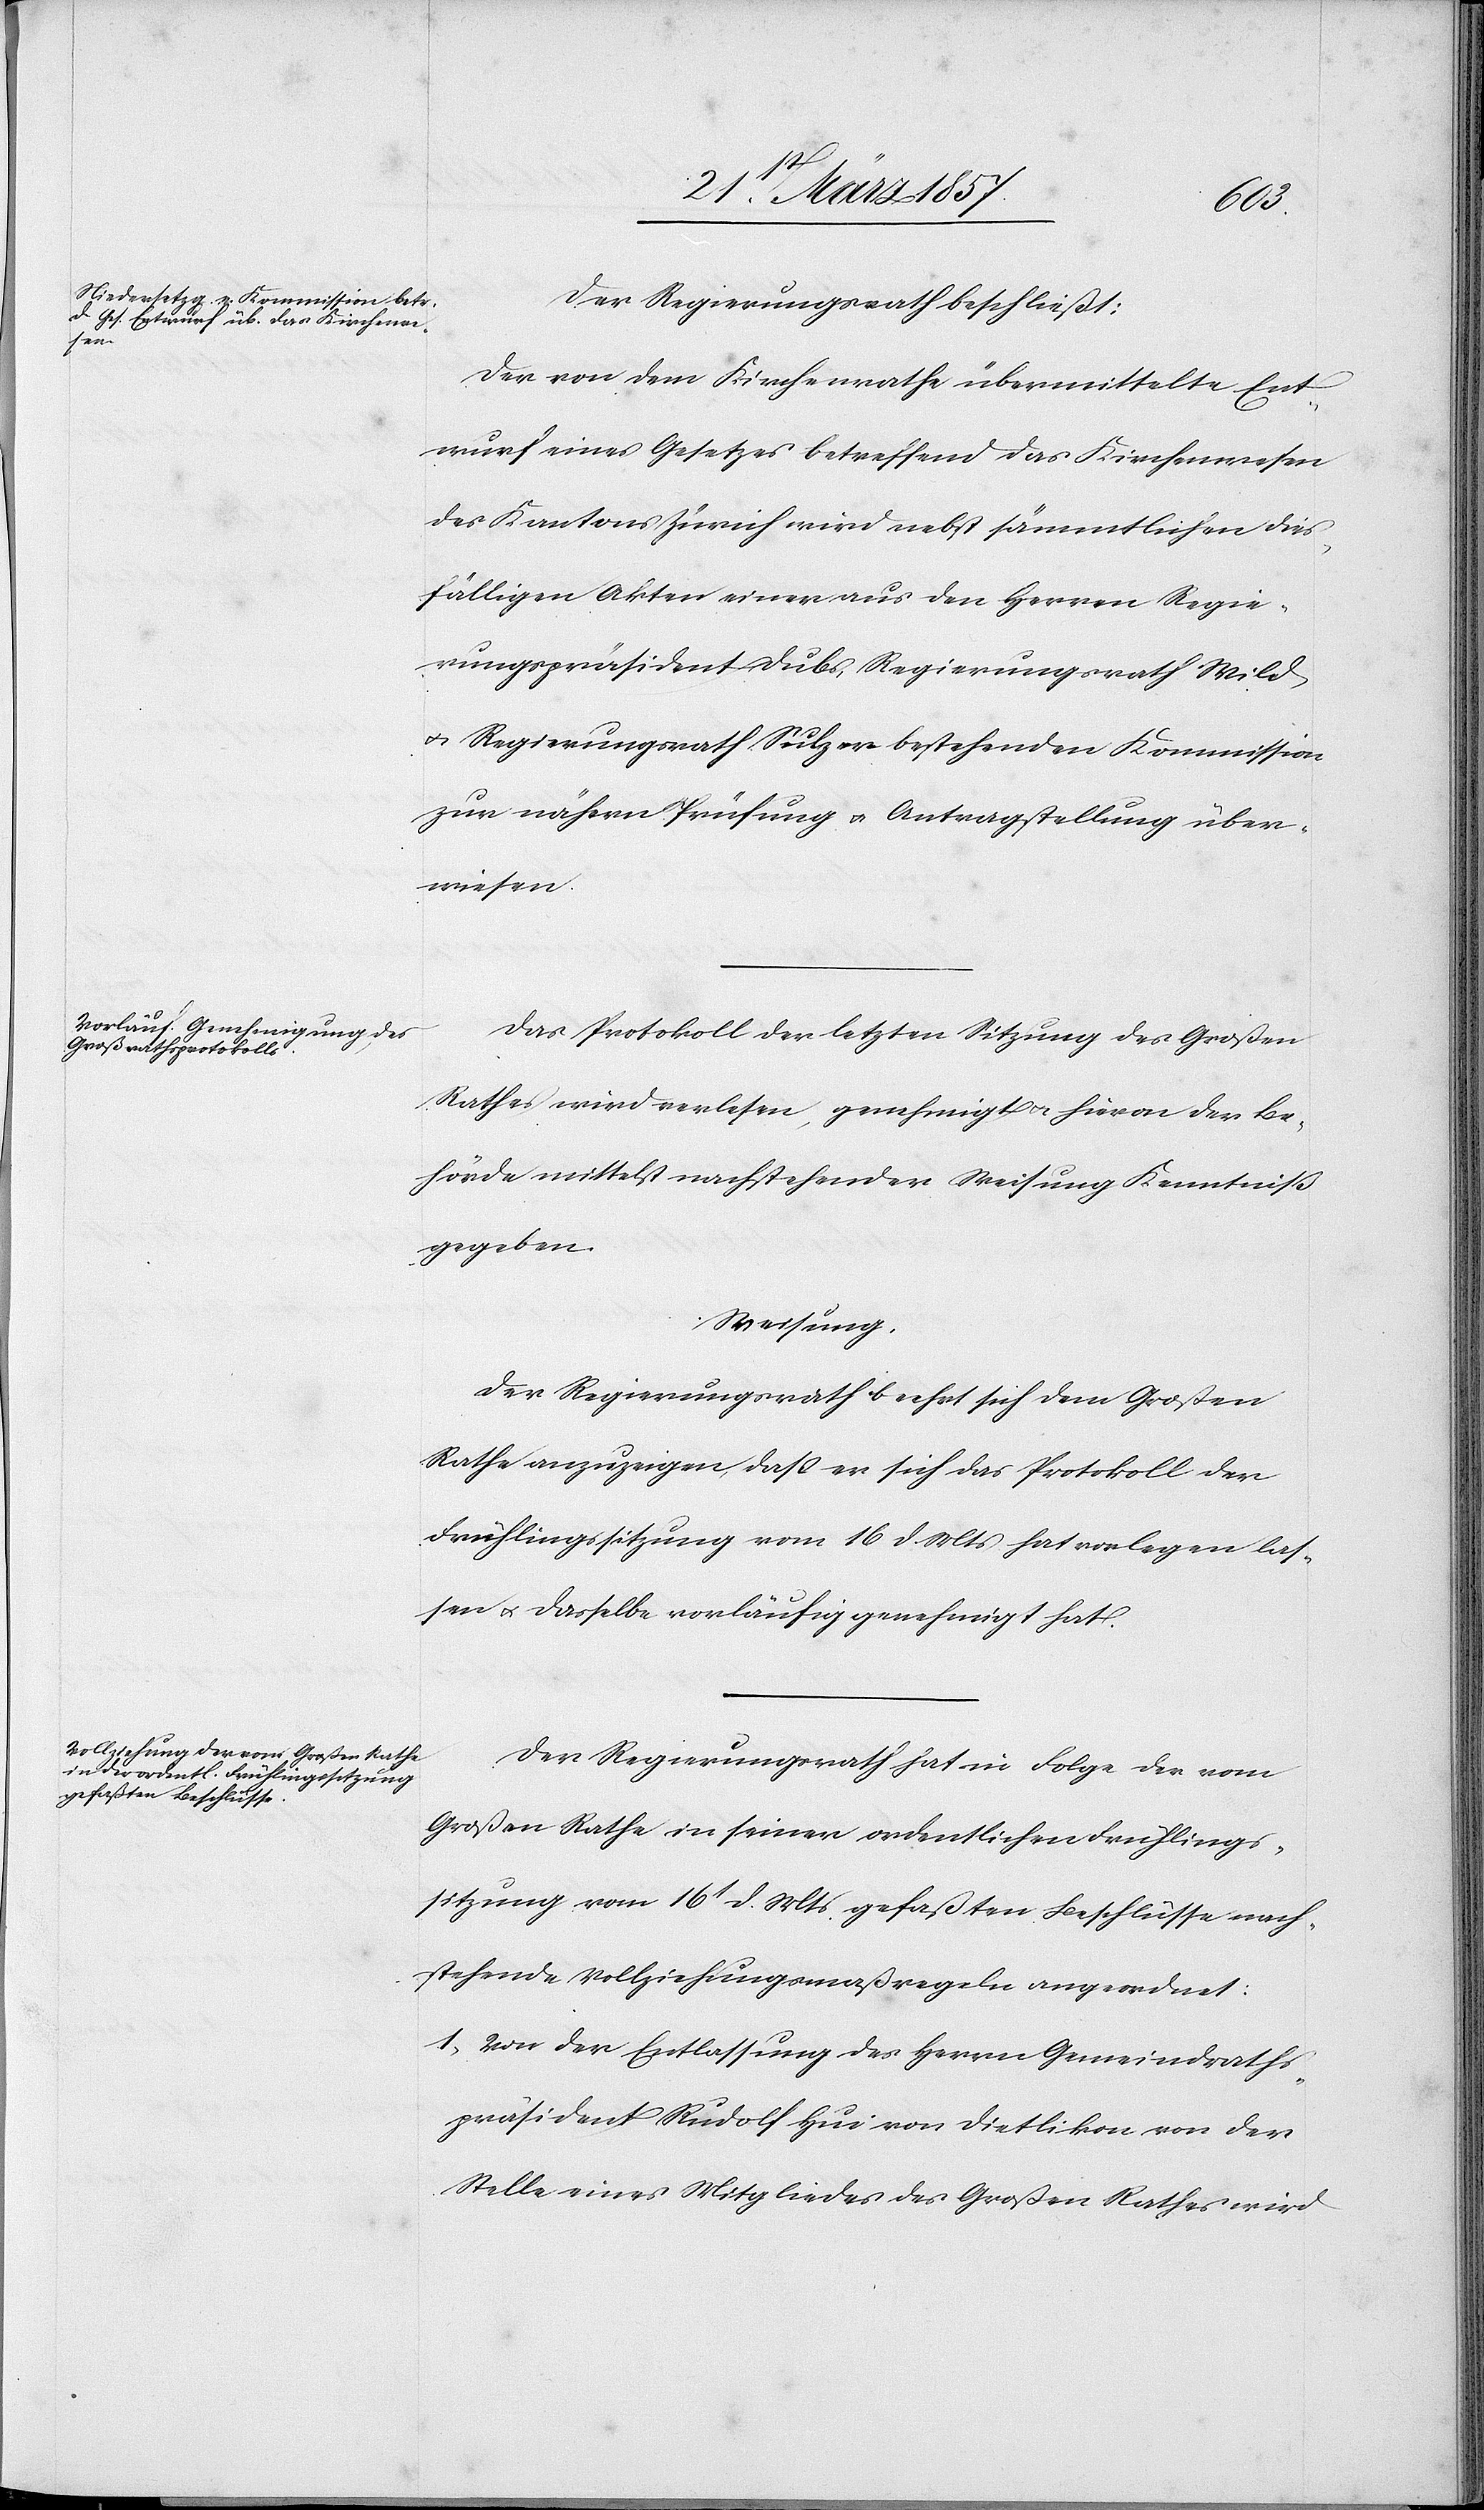
Der Regierungsrath beschließt:
Der von dem Kirchenrathe übermittelte Ent¬
wurf eines Gesetzes betreffend das Kirchenwesen
des Kantons Zürich wird nebst sämmtlichen dies¬
fälligen Akten einer aus den Herren Regie¬
rungspräsident Dubs, Regierungsrath Wild
u. Regierungsrath Sulzer bestehenden Kommission
zur nähern Prüfung u. Antragstellung über¬
wiesen.
Das Protokoll der letzten Sitzung des Großen
Rathes wird verlesen, genehmigt u. hievon der Be¬
hörde mittelst nachstehender Weisung Kenntniß
gegeben.
Weisung.
Der Regierungsrath beehrt sich dem Großen
Rathe anzuzeigen, daß er sich das Protokoll der
Frühlingssitzung vom 16 d. Mts hat vorlegen las¬
sen u. dasselbe vorläufig genehmigt hat.
Der Regierungsrath hat in Folge der vom
Großen Rathe in seiner ordentlichen Frühlings¬
sitzung vom 16t d. Mts gefaßten Beschlüsse nach¬
stehende Vollziehungsmaßregeln angeordnet:
1. Vor der Entlassung des Herrn Gemeindraths¬
präsident Rudolf Hui von Dietlikon von der
Stelle eines Mitgliedes des Großen Rathes wird